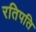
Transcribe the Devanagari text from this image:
रतिपति